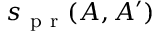
s _ { \mathrm { ~ p ~ r ~ } } ( A , A ^ { \prime } )